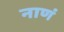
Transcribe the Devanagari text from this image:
नाणं